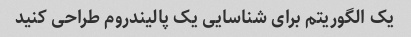
یک الگوریتم برای شناسایی یک پالیندروم طراحی کنید